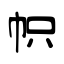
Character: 帜